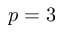
p = 3